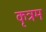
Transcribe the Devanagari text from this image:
कृत्रम